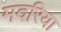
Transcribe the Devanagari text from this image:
मदरिया